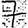
Digit: 7